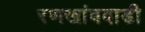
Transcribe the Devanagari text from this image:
रणखांबवाडी